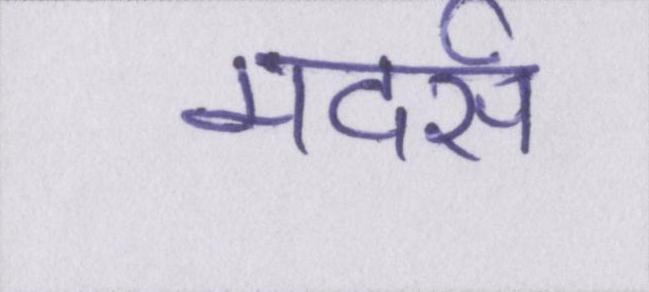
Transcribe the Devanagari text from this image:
मदर्स